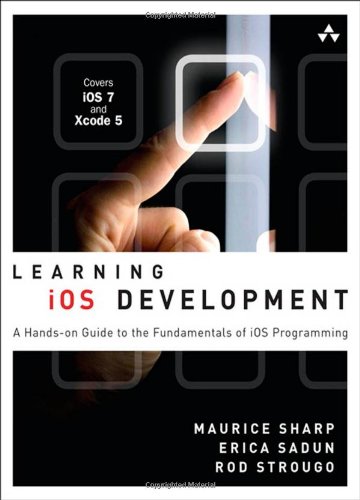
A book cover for Learning iOS Development: A Hands-on Guide to the Fundamentals of iOS Programming; Maurice Sharp; Computers & Technology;